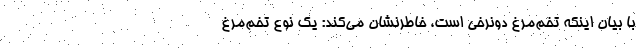
با بیان اینکه تخم‌مرغ دونرخی است، خاطرنشان می‌کند: یک نوع تخم‌مرغ